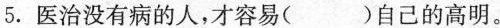
5.医治没有病的人，才容易()自己的高明。